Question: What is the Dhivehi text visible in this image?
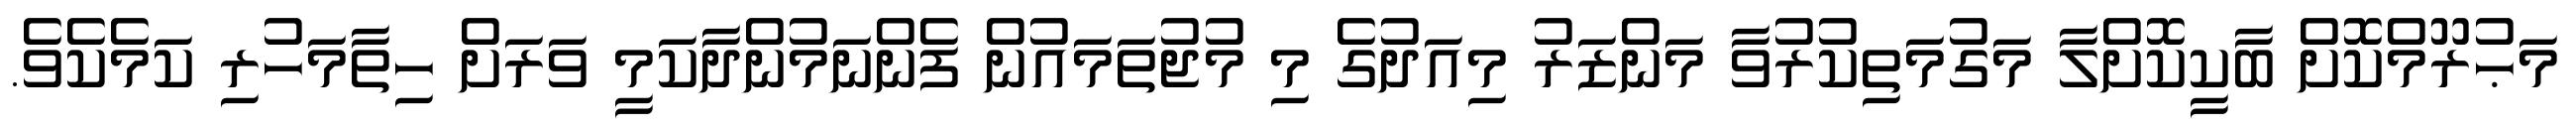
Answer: މަޙުރޫމްކޮށް ބާކީކޮށްލާ މަގުމަތިކުރުވާ މަންޒަރު މިއަދުގެ މި މުޖުތަމައުން ފެންނަމުންދާކަމީ ވަރަށް ހިތާމަހުރި ކަމެކެވެ.